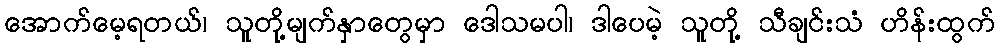
အောက်မေ့ရတယ်၊ သူတို့မျက်နှာတွေမှာ ဒေါသမပါ၊ ဒါပေမဲ့ သူတို့ သီချင်းသံ ဟိန်းထွက်